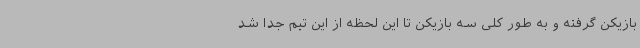
بازیکن گرفته و به طور کلی سه بازیکن تا این لحظه از این تیم جدا شد